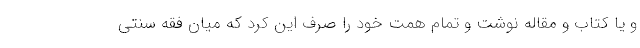
و یا کتاب و مقاله نوشت و تمام همت خود را صرف این کرد که میان فقه سنتی